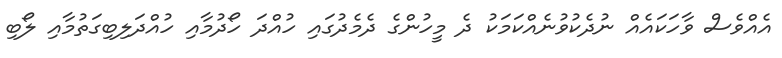
އެއްވެސް ވާހަކައެއް ނުދެކުވުނެއްކަމަކު ދެ މީހުންގެ ދެމެދުގައި ހުއްދަ ހޯދުމާއި ހުއްދަލިބިގަތުމާއި ލޯބި